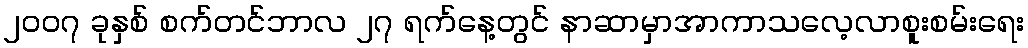
၂၀၀၇ ခုနှစ် စက်တင်ဘာလ ၂၇ ရက်နေ့တွင် နာဆာမှာအာကာသလေ့လာစူးစမ်းရေး